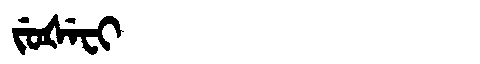
Manchu: ᠵᡠᡧᡝᠸᡳ
Romanization: JUŠEFI